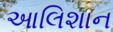
આલિશાન